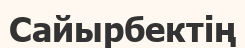
Сайырбектің